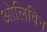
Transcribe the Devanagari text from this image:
ओलिविन